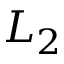
L _ { 2 }